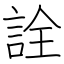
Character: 詮